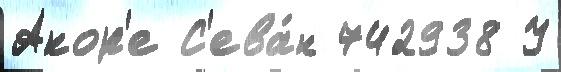
Акор'е С'ева́н 742938 У